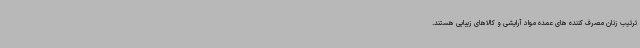
ترتیب زنان مصرف کننده های عمده مواد آرایشی و کالاهای زیبایی هستند.